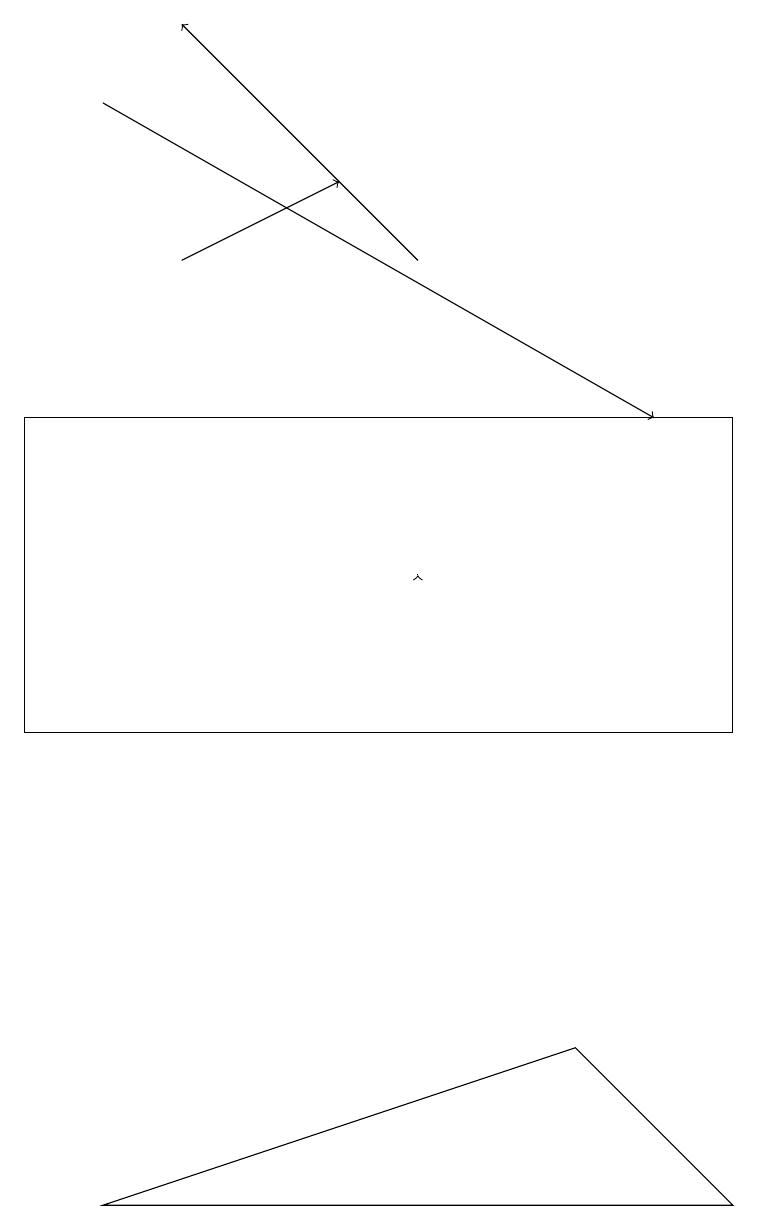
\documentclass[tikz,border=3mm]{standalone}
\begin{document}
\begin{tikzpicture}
\draw[->] (2,16) -- (4,17);
\draw[->] (5,16) -- (2,19);
\draw[->] (5,12) -- (5,12);
\draw (1,4) -- (9,4) -- (7,6) -- cycle;
\draw[->] (1,18) -- (8,14);
\draw (9,14) rectangle (0,10);
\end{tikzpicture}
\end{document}